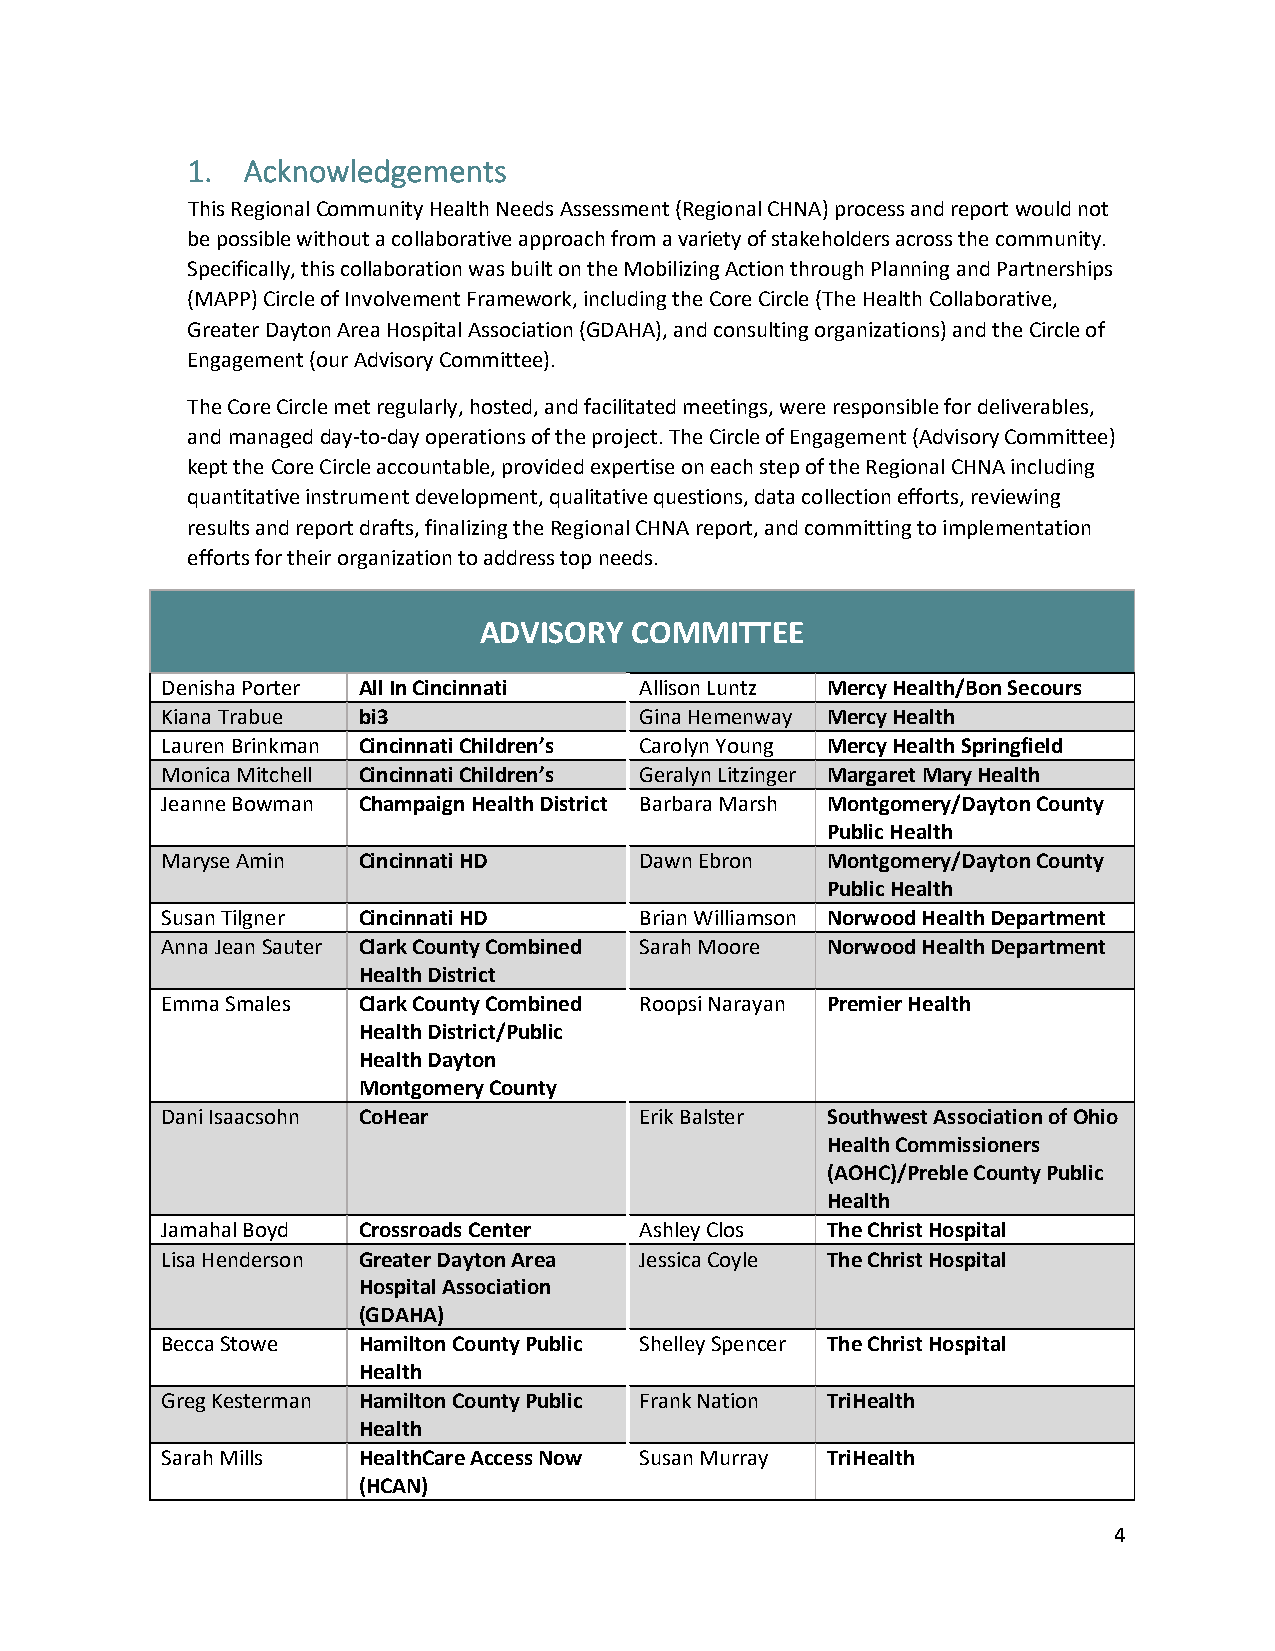
1.  Acknowledgements
 This Regional Community Health Needs Assessment (Regional CHNA) process and report would not
 be possible without a collaborative approach from a variety of stakeholders across the community.
 Specifically, this collaboration was built on the Mobilizing Action through Planning and Partnerships
 (MAPP) Circle of Involvement Framework, including the Core Circle (The Health Collaborative,
 Greater Dayton Area Hospital Association (GDAHA), and consulting organizations) and the Circle of
 Engagement (our Advisory Committee).
 The Core Circle met regularly, hosted, and facilitated meetings, were responsible for deliverables,
 and managed day-to-day operations of the project. The Circle of Engagement (Advisory Committee)
 kept the Core Circle accountable, provided expertise on each step of the Regional CHNA including
 quantitative instrument development, qualitative questions, data collection efforts, reviewing
 results and report drafts, finalizing the Regional CHNA report, and committing to implementation
 efforts for their organization to address top needs.
 ADVISORY  COMMITTEE
 Denisha Porter All In Cincinnati Allison Luntz Mercy Health/Bon Secours
 Kiana Trabue bi3               Gina Hemenway Mercy Health
 Lauren Brinkman Cincinnati Children’s Carolyn Young Mercy Health Springfield
 Monica Mitchell Cincinnati Children’s Geralyn Litzinger Margaret Mary Health
 Jeanne Bowman Champaign Health District Barbara Marsh Montgomery/Dayton County
 Public Health
 Maryse Amin  Cincinnati HD     Dawn Ebron   Montgomery/Dayton County
 Public Health
 Susan Tilgner Cincinnati HD    Brian Williamson Norwood Health Department
 Anna Jean Sauter Clark County Combined Sarah Moore Norwood Health Department
 Health District
 Emma Smales  Clark County Combined Roopsi Narayan Premier Health
 Health District/Public
 Health Dayton
 Montgomery County
 Dani Isaacsohn CoHear          Erik Balster Southwest Association of Ohio
 Health Commissioners
 (AOHC)/Preble County Public
 Health
 Jamahal Boyd Crossroads Center Ashley Clos  The Christ Hospital
 Lisa Henderson Greater Dayton Area Jessica Coyle The Christ Hospital
 Hospital Association
 (GDAHA)
 Becca Stowe  Hamilton County Public Shelley Spencer The Christ Hospital
 Health
 Greg Kesterman Hamilton County Public Frank Nation TriHealth
 Health
 Sarah Mills  HealthCare Access Now Susan Murray TriHealth
 (HCAN)
 4